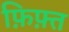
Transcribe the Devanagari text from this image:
फ़िफ़्त